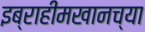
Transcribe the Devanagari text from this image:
इब्राहीमखानच्या